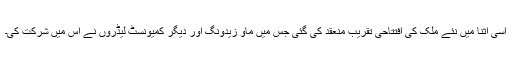
اسی اثنا میں نئے ملک کی افتتاحی تقریب منعقد کی گئی جس میں ماو زیدونگ اور دیگر کمیونسٹ لیڈروں نے اس میں شرکت کی۔